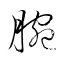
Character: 腕